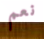
نعم